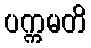
ပက္ကမတိ